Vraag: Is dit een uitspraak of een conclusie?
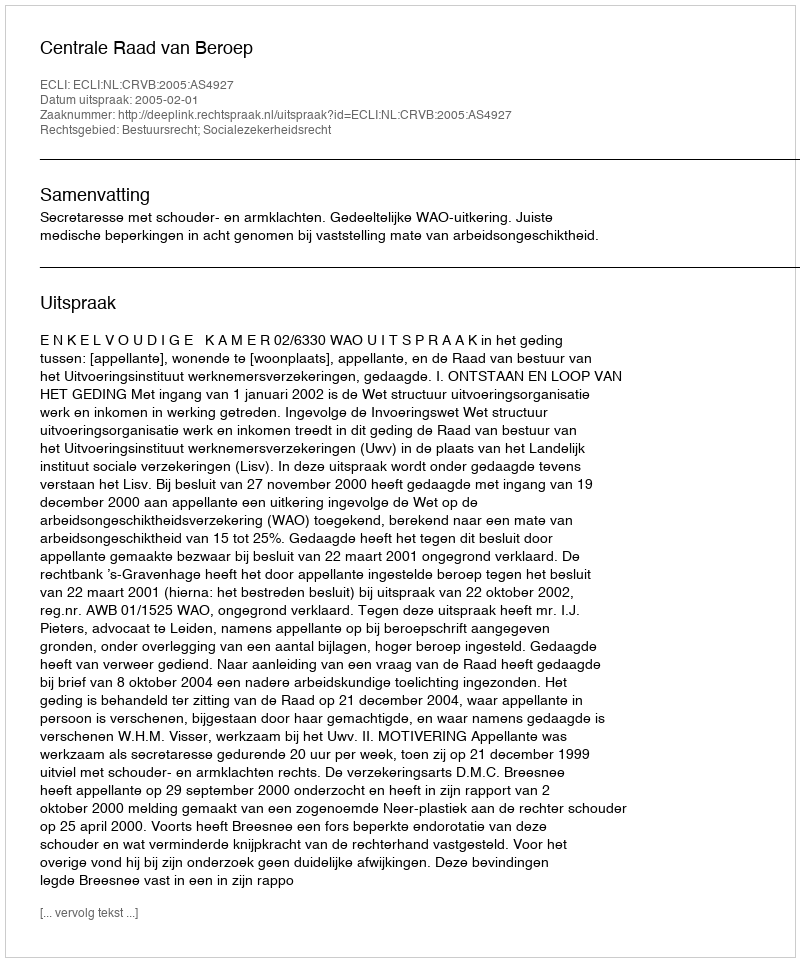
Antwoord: Uitspraak